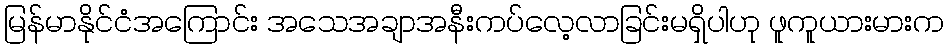
မြန်မာနိုင်ငံအကြောင်း အသေအချာအနီးကပ်လေ့လာခြင်းမရှိပါဟု ဖူကူယားမားက